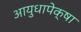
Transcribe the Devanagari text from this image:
आयुधापेक्षा